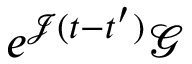
e ^ { \mathcal J ( t - t ^ { \prime } ) } \mathcal G